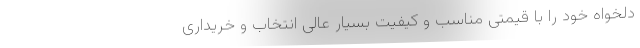
دلخواه خود را با قیمتی مناسب و کیفیت بسیار عالی انتخاب و خریداری